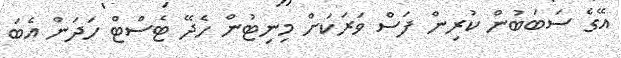
އޭގެ ސަބަބުން ކުރިން ފަސް ވަރަކަށް މިނިޓުން ހެދޭ ޓެސްޓް ހަދަން އެބަ